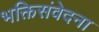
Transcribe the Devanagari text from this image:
भक्तिसंवेदना